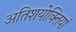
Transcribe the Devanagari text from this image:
अतिशयोक्तियां